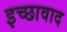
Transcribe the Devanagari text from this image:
इच्छावाद